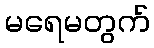
မရေမတွက်